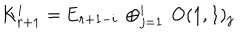
LaTeX: K _ { r + 1 } ^ { i } = \mathrm { E } _ { r + 1 - i } \, \oplus _ { j = 1 } ^ { i } \, \mathrm { O } ( 1 , 1 ) _ { j }